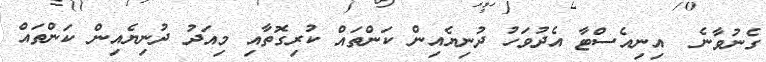
ގެނުވާނެ  އިނިއެސްޓާ އެދުވަހު ދުނިޔެއިން ކަންތައް ކުރިގޮތާއި މިއަދު ދުނިޔެއިން ކަންތައް